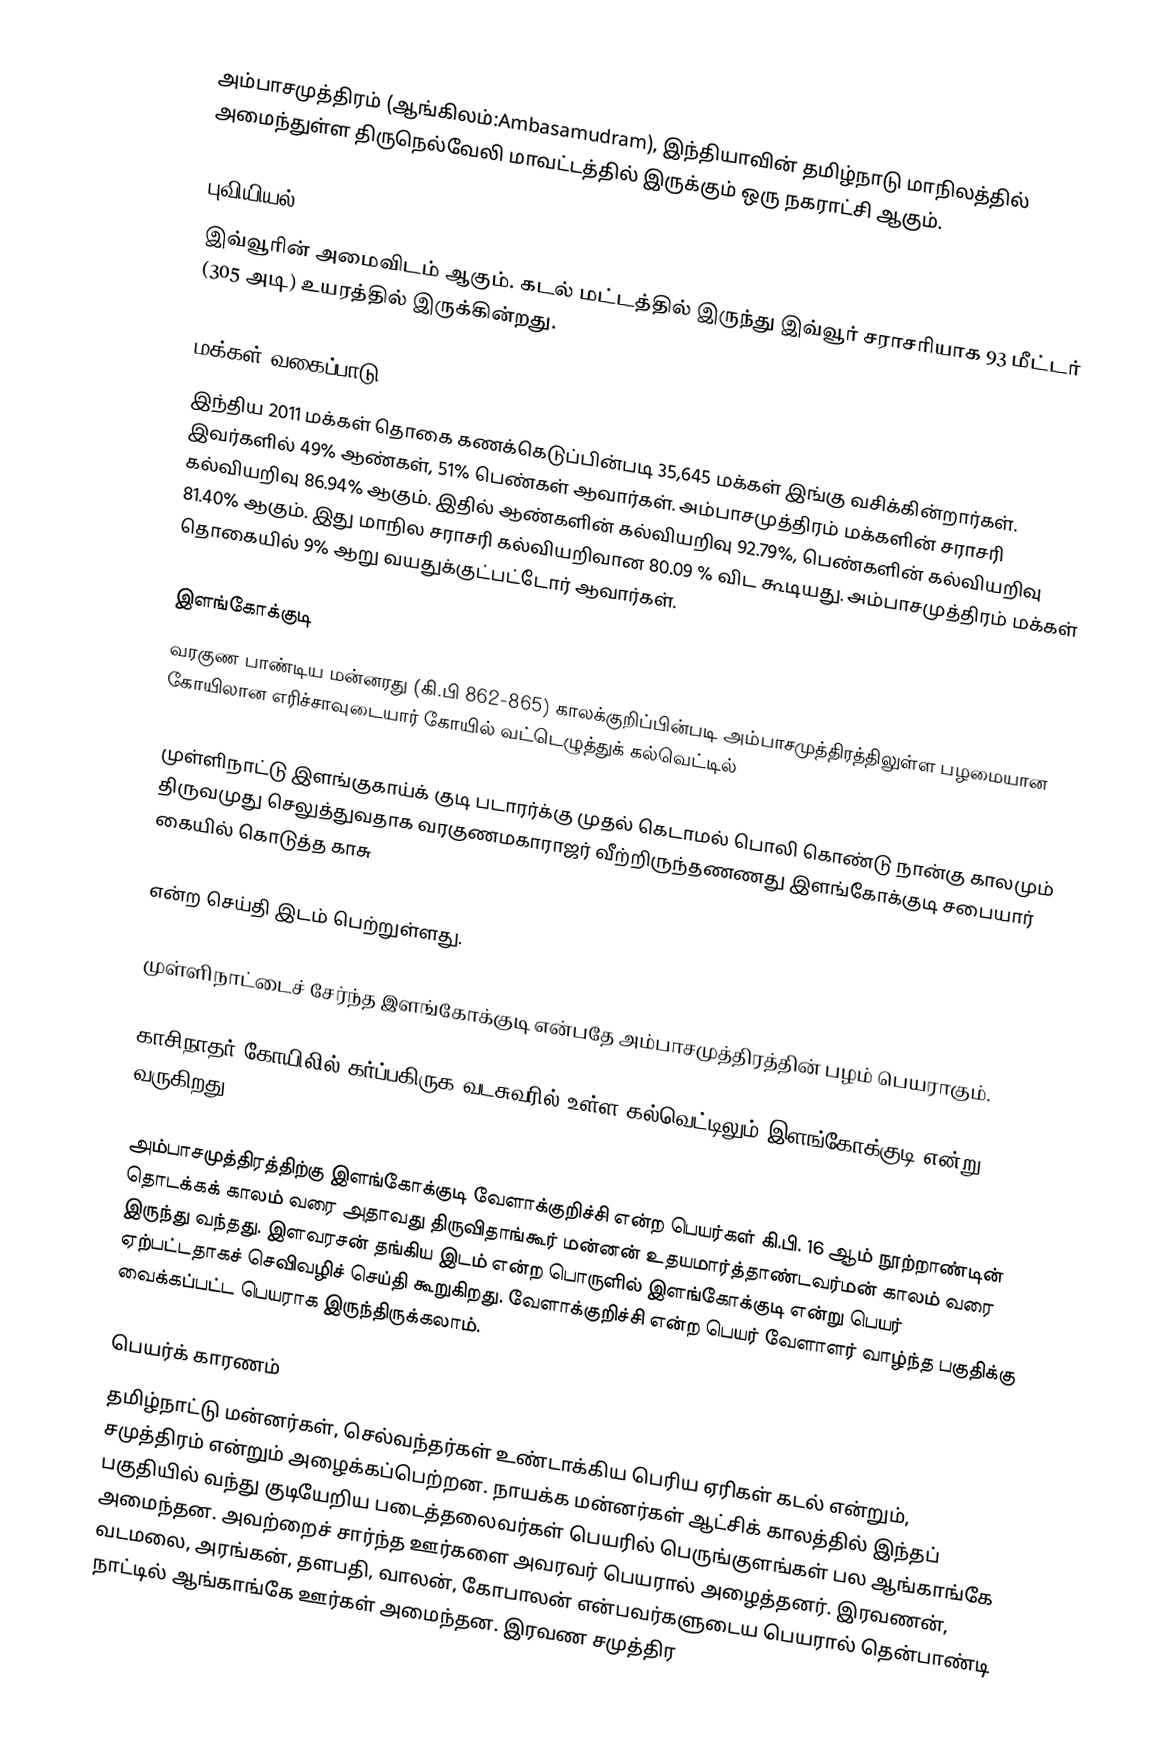
அம்பாசமுத்திரம் (ஆங்கிலம்:Ambasamudram), இந்தியாவின் தமிழ்நாடு மாநிலத்தில் அமைந்துள்ள திருநெல்வேலி மாவட்டத்தில் இருக்கும் ஒரு நகராட்சி ஆகும்.

புவியியல்
இவ்வூரின் அமைவிடம்  ஆகும். கடல் மட்டத்தில் இருந்து இவ்வூர் சராசரியாக 93 மீட்டர் (305 அடி) உயரத்தில் இருக்கின்றது.

மக்கள் வகைப்பாடு
இந்திய 2011 மக்கள் தொகை கணக்கெடுப்பின்படி 35,645 மக்கள் இங்கு வசிக்கின்றார்கள். இவர்களில் 49% ஆண்கள், 51% பெண்கள் ஆவார்கள். அம்பாசமுத்திரம் மக்களின் சராசரி கல்வியறிவு 86.94% ஆகும். இதில் ஆண்களின் கல்வியறிவு 92.79%, பெண்களின் கல்வியறிவு 81.40% ஆகும். இது மாநில சராசரி கல்வியறிவான 80.09 % விட கூடியது. அம்பாசமுத்திரம் மக்கள் தொகையில் 9%  ஆறு வயதுக்குட்பட்டோர் ஆவார்கள்.

இளங்கோக்குடி
வரகுண பாண்டிய மன்னரது (கி.பி 862-865) காலக்குறிப்பின்படி அம்பாசமுத்திரத்திலுள்ள பழமையான கோயிலான எரிச்சாவுடையார் கோயில் வட்டெழுத்துக் கல்வெட்டில்

முள்ளிநாட்டு இளங்குகாய்க் குடி படாரர்க்கு முதல் கெடாமல் பொலி கொண்டு நான்கு காலமும் திருவமுது செலுத்துவதாக வரகுணமகாராஜர் வீற்றிருந்தணணது இளங்கோக்குடி சபையார் கையில் கொடுத்த காசு

என்ற செய்தி இடம் பெற்றுள்ளது.

முள்ளிநாட்டைச் சேர்ந்த இளங்கோக்குடி என்பதே அம்பாசமுத்திரத்தின் பழம் பெயராகும்.

காசிநாதர் கோயிலில் கர்ப்பகிருக வடசுவரில் உள்ள கல்வெட்டிலும் இளங்கோக்குடி என்று வருகிறது.

அம்பாசமுத்திரத்திற்கு இளங்கோக்குடி வேளாக்குறிச்சி என்ற பெயர்கள் கி.பி. 16 ஆம் நூற்றாண்டின் தொடக்கக் காலம் வரை அதாவது திருவிதாங்கூர் மன்னன் உதயமார்த்தாண்டவர்மன் காலம் வரை இருந்து வந்தது. இளவரசன் தங்கிய இடம் என்ற பொருளில் இளங்கோக்குடி என்று பெயர் ஏற்பட்டதாகச் செவிவழிச் செய்தி கூறுகிறது. வேளாக்குறிச்சி என்ற பெயர் வேளாளர் வாழ்ந்த பகுதிக்கு வைக்கப்பட்ட பெயராக இருந்திருக்கலாம்.

பெயர்க் காரணம்
தமிழ்நாட்டு மன்னர்கள், செல்வந்தர்கள் உண்டாக்கிய பெரிய ஏரிகள் கடல் என்றும், சமுத்திரம் என்றும் அழைக்கப்பெற்றன. நாயக்க மன்னர்கள் ஆட்சிக் காலத்தில் இந்தப் பகுதியில் வந்து குடியேறிய படைத்தலைவர்கள் பெயரில் பெருங்குளங்கள் பல ஆங்காங்கே அமைந்தன. அவற்றைச் சார்ந்த ஊர்களை அவரவர் பெயரால் அழைத்தனர். இரவணன், வடமலை, அரங்கன், தளபதி, வாலன், கோபாலன் என்பவர்களுடைய பெயரால் தென்பாண்டி நாட்டில் ஆங்காங்கே ஊர்கள் அமைந்தன. இரவண சமுத்திர